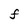
Character: F